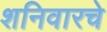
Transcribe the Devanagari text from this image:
शनिवारचे